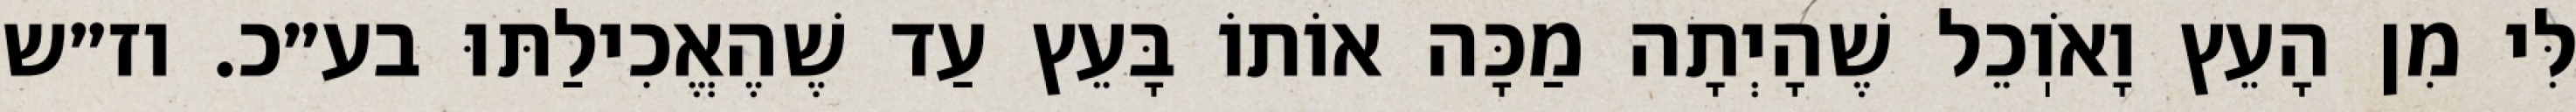
לִּי מִן הָעֵץ וָאֹוֽכֵל שֶׁהָיְתָה מַכָּה אוֹתוֹ בָּעֵץ עַד שֶׁהֶאֱכִילַתּוּ בע״כ. וז״ש